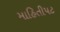
માહિતીપટ